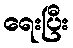
ရေးပြီး